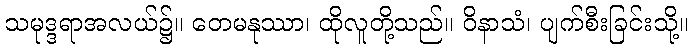
သမုဒ္ဒရာအလယ်၌။ တေမနုဿာ၊ ထိုလူတို့သည်။ ဝိနာသံ၊ ပျက်စီးခြင်းသို့။